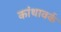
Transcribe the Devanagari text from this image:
कांथावर्क